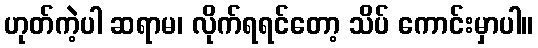
ဟုတ်ကဲ့ပါ ဆရာမ၊ လိုက်ရရင်တော့ သိပ် ကောင်းမှာပါ။